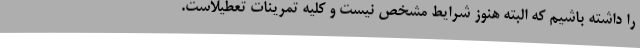
را داشته باشیم که البته هنوز شرایط مشخص نیست و کلیه تمرینات تعطیلاست.